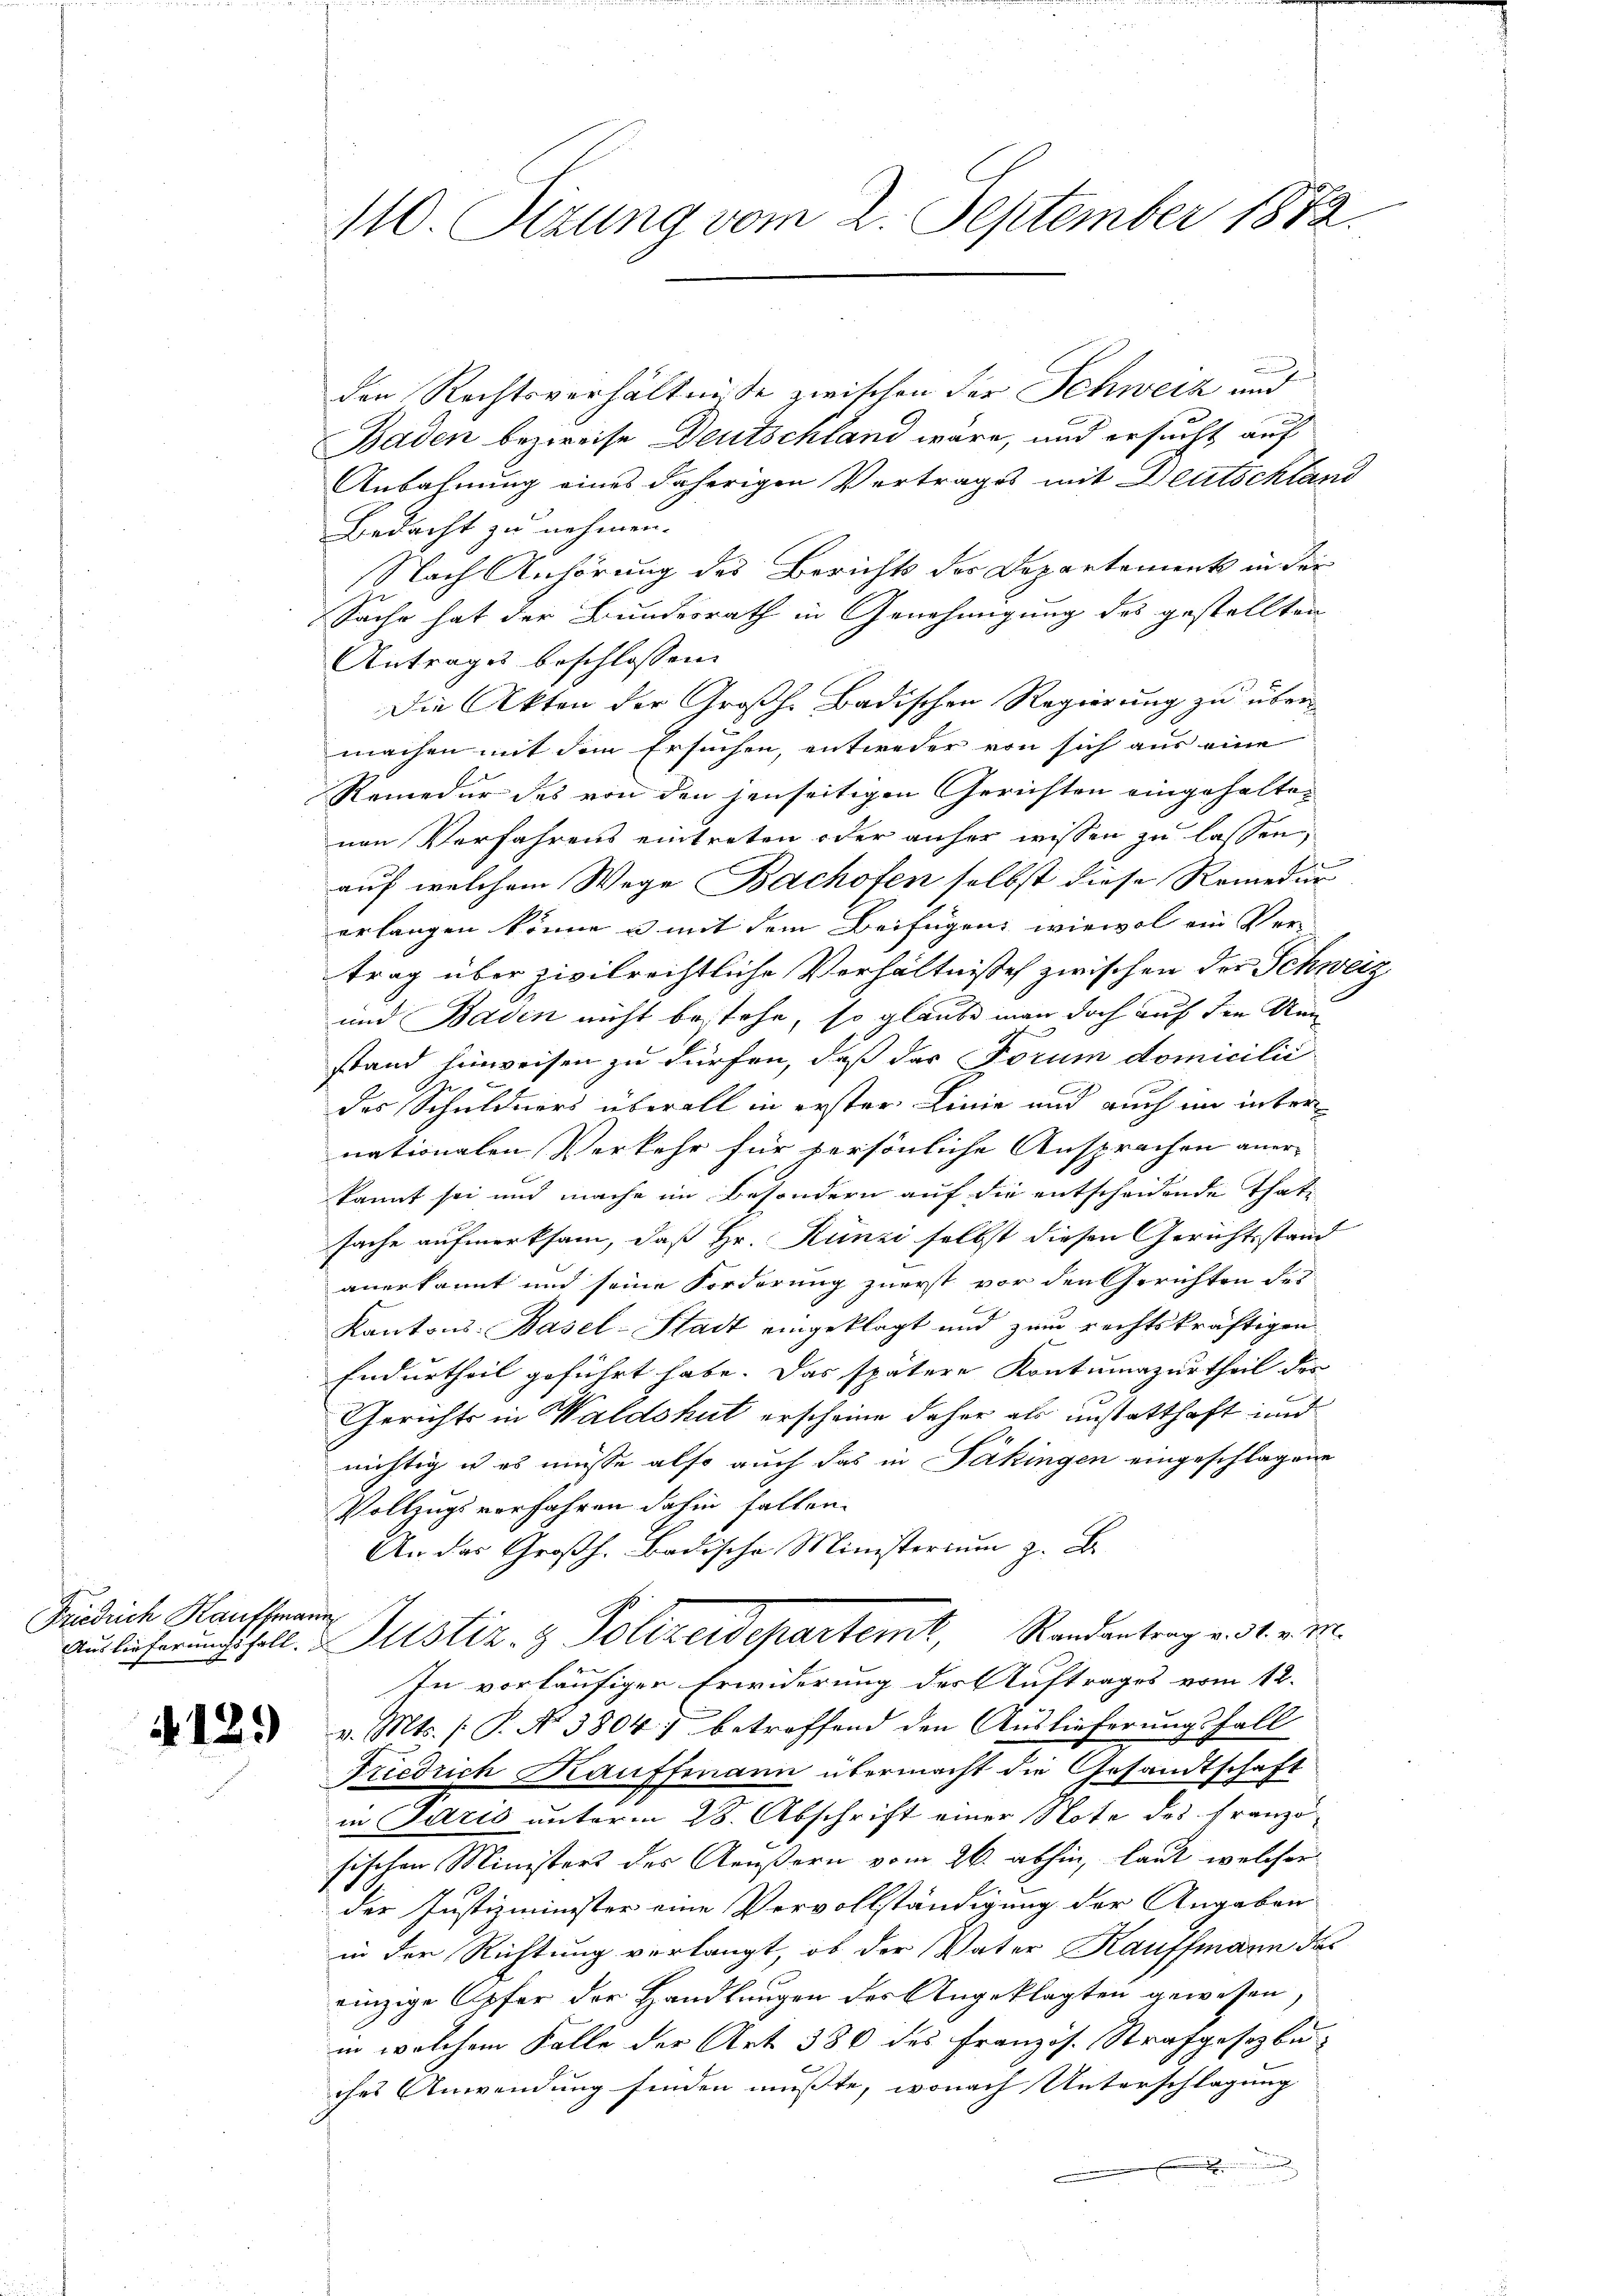
Friedrich Kauffmann

B
den Rechtsverhältnisse zwischen der Schweiz und
Baden bezweife Deutschland wäre, und ersucht auf
Anbahnung eines daherigen Vertrages mit Deutschland
Bedacht zu nehmen.
Nach Anhörung des Berichts der Departement in der
Sache hat der Bundesrath in Genehmigung des gestellten
Antrages beschlossen:
Die Akten der Großh. Badischen Regierung zu übermachen mit dem Ersuchen, entweder von sich aus eine
Remedur des von den jenseitigen Gerichten eingehaltenen Verfahrens eintreten oder anher wissen zu lassen,
auf welchem Wege Bachofen selbst diese Remedur
erlangen könne u mit dem Beifügen wiewol ein Ver-
trag über zivilrechtliche Verhältnisse zwischen der Schweiz
und Baden nicht bestehe, so glaube man doch auf den Men
stand hinweisen zu dürfen, daß das Forum domicilii
des Schuldners überall in erster Linie und auch in inter
nationalen Verkehr für persönliche Ansprachen anerkannt sei und mache im Besondern auf die entscheidende Thatsache aufmerksam, daß Hr. Künzi selbst diesen Gerichtsstand
anerkannt und seine Forderung zuerst vor den Gerichten des
t
Kantons Basel-Stadt eingeklagt und zum rechtskräftigen
Endurtheil geführt habe. Das spätere Kontumazurtheil der
Gerichts in Waldshut erscheine daher als unstatthaft und
.
nichtig u es müsse also auch das in Pakingen eingeschlagene
Vollzugs vorfahren dahin fallen.
An das Großh. Badische Ministerium z. B.
Auslieferungsfall. Sistiz- & Polizeidepartemt, Randantrag v. 31. v. M.
In vorläufiger Erwiderung des Auftrages vom 12.
u v. Mts. (: P. No 5804) betreffend den Auslieferungsfall
Friedrich Kauffmann übermacht die Gesandtschaft
in Paris unterm 28. Abschrift einer Note des Franzö-
sischen Ministers des Aeußern vom 26. abhin, laut welcher
der Justizminister eine Vervollständigung der Angaben
in der Richtung verlangt, ob der Vater Kauffmann das
einzige Opfer der Handlungen der Angeklagten gewesen.
in welchem Falle der Art. 386 des Französ. Strafgesetzbuches Anwendung finden mußte, wonach Unterschlagung
.

110. Sizung vom 2. September 1872.